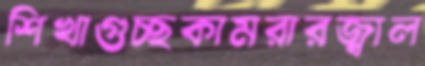
শিখাগুচ্ছকামরারজ্বাল